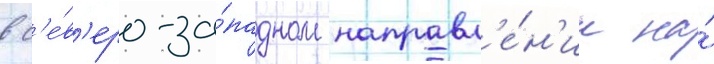
в с'е́в'еро-за́падном направл'е́н'ии на́